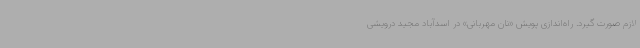
لازم صورت گیرد. راه‌اندازی پویش «نان مهربانی» در اسدآباد مجید درویشی